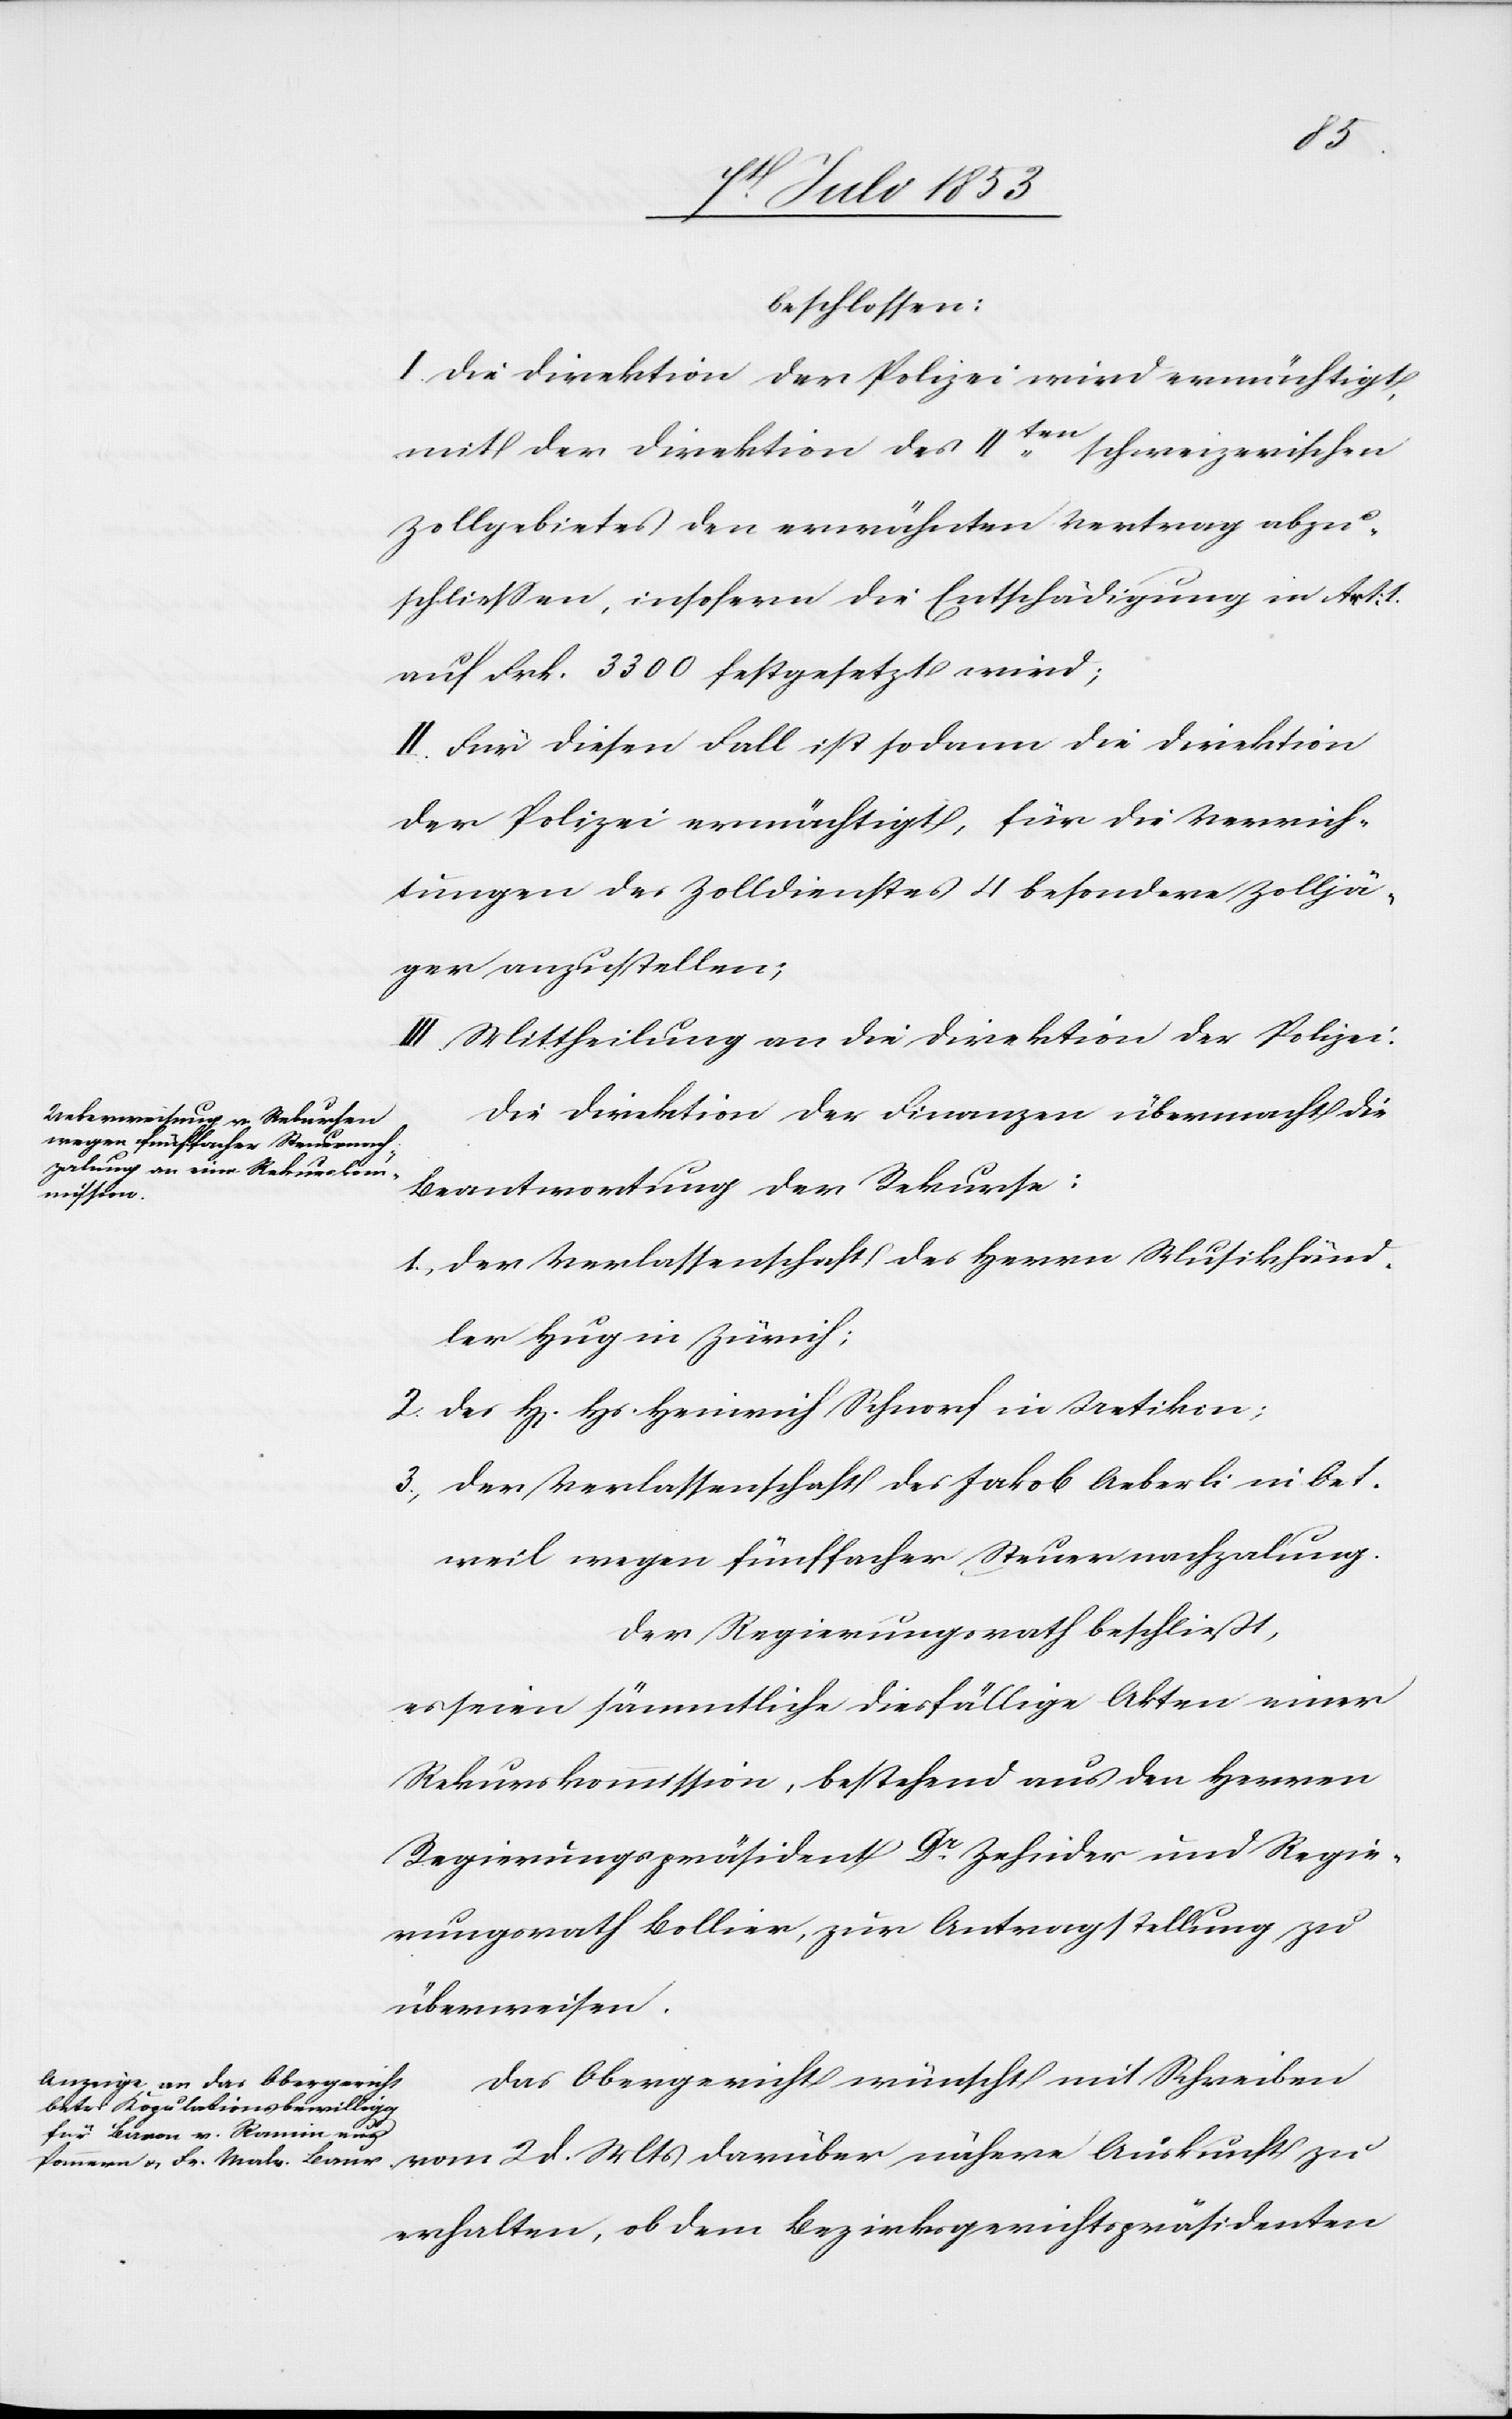
d.
beschlossen:
I. Die Direktion der Polizei wird ermächtigt,
mit der Direktion des IIten schweizerischen
Zollgebietes den erwähnten Vertrag abzu¬
schließen, insofern die Entschädigung in Art.
auf Frk. 3300 festgesetzt wird;
II. Für diesen Fall ist sodann die Direktion
der Polizei ermächtigt, für die Verrich¬
tungen des Zolldienstes 4 besondere Zolljä¬
ger anzustellen;
III. Mittheilung an die Direktion der Polizei.
Die Direktion der Finanzen übermacht die
Beantwortung der Rekurse:
1, Der Verlassenschaft des Herrn Musikhänd¬
ler Hug in Zürich;
2, Des H[errn] Hs. Heinrich Schnorf in Uetikon;
3, Der Verlassenschaft des Jakob Aeberli in Oet¬
weil wegen fünffacher Steuernachzahlung.
Der Regierungsrath beschließt,
es seien sämmtliche diesfällige Akten einer
Rekurskommission, bestehend aus den Herren
Regierungspräsident Dr Zehnder und Regie¬
rungsrath Bollier, zur Antragstellung zu
überweisen.
Das Obergericht wünscht mit Schreiben
erhalten, ob dem Bezirksgerichtspräsidenten